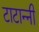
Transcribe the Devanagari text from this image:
टाटान्नी